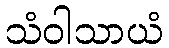
သံဝါသာယံ